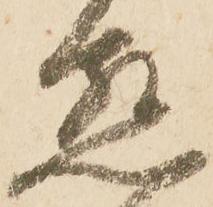
懇